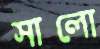
সালো